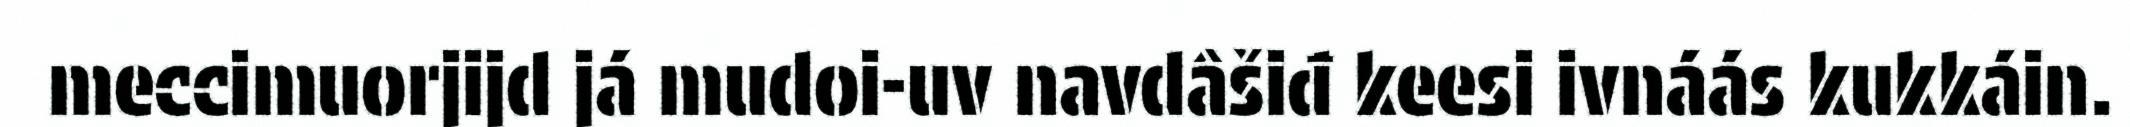
meccimuorjijd já mudoi-uv navdâšiđ keesi ivnáás kukkáin.